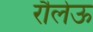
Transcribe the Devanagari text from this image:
रौलेऊ